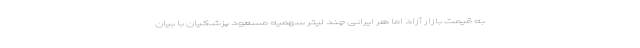
به قیمت بازار آزاد اما هر ایرانی چند لیتر سهمیه مسعود پزشکیان با بیان